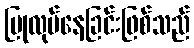
ပြုလုပ်နေခြင်းဖြစ်သည်